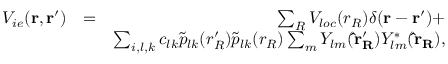
\begin{array} { r l r } { V _ { i e } ( { \bf r } , { \bf r ^ { \prime } } ) } & { = } & { \sum _ { R } V _ { l o c } ( r _ { R } ) \delta ( { \bf r } - { \bf r ^ { \prime } } ) + } \\ & { } & { \sum _ { i , l , k } c _ { l k } \tilde { p } _ { l k } ( r _ { R } ^ { \prime } ) \tilde { p } _ { l k } ( r _ { R } ) \sum _ { m } Y _ { l m } ( { \bf \hat { r } _ { R } ^ { \prime } } ) Y _ { l m } ^ { * } ( { \bf \hat { r } _ { R } } ) , } \end{array}